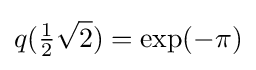
q({\tfrac {1}{2}}{\sqrt {2}})=\exp(-\pi )